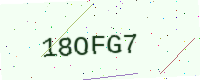
Text: 18OFG7